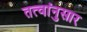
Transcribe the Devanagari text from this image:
तत्वांनुसार